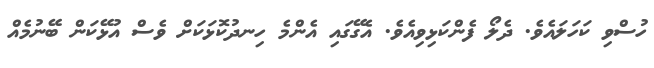
ހުސްވި ކަހަލައެވެ. ދެލޯ ފެންކަޅިވިއެވެ. އެގޭގައި އެންމެ ހިނދުކޮޅަކަށް ވެސް އުޅޭކަން ބޭނުމެއް